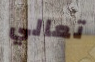
تعالي